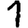
Digit: 1